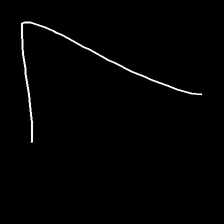
Glyph: region